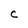
Character: c